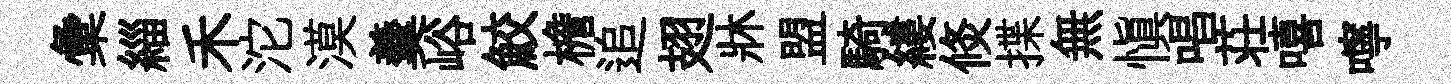
彙緇禾沱漠羹峪鮫檐追翅牀盟騎縷倐揲無慎唱荘嘻嚀